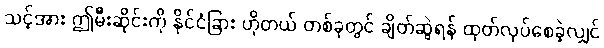
သင့်အား ဤမီးဆိုင်းကို နိုင်ငံခြား ဟိုတယ် တစ်ခုတွင် ချိတ်ဆွဲရန် ထုတ်လုပ်စေခဲ့လျှင်